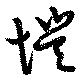
愷